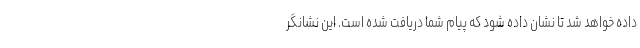
داده خواهد شد تا نشان داده شود که پیام شما دریافت شده است. این نشانگر